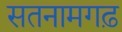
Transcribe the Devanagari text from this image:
सतनामगढ़